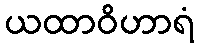
ယထာဝိဟာရံ